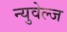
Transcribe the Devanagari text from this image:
न्युवेल्ज